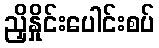
ညှိနှိုင်းပေါင်းစပ်